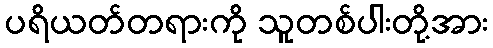
ပရိယတ်တရားကို သူတစ်ပါးတို့အား